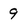
Character: 9